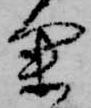
余